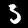
Label: 3